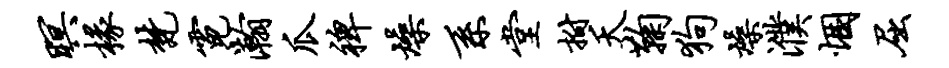
暝椽梵霓瀚瓜裨燥系堂拊夭鞠狗燥濮悃屈